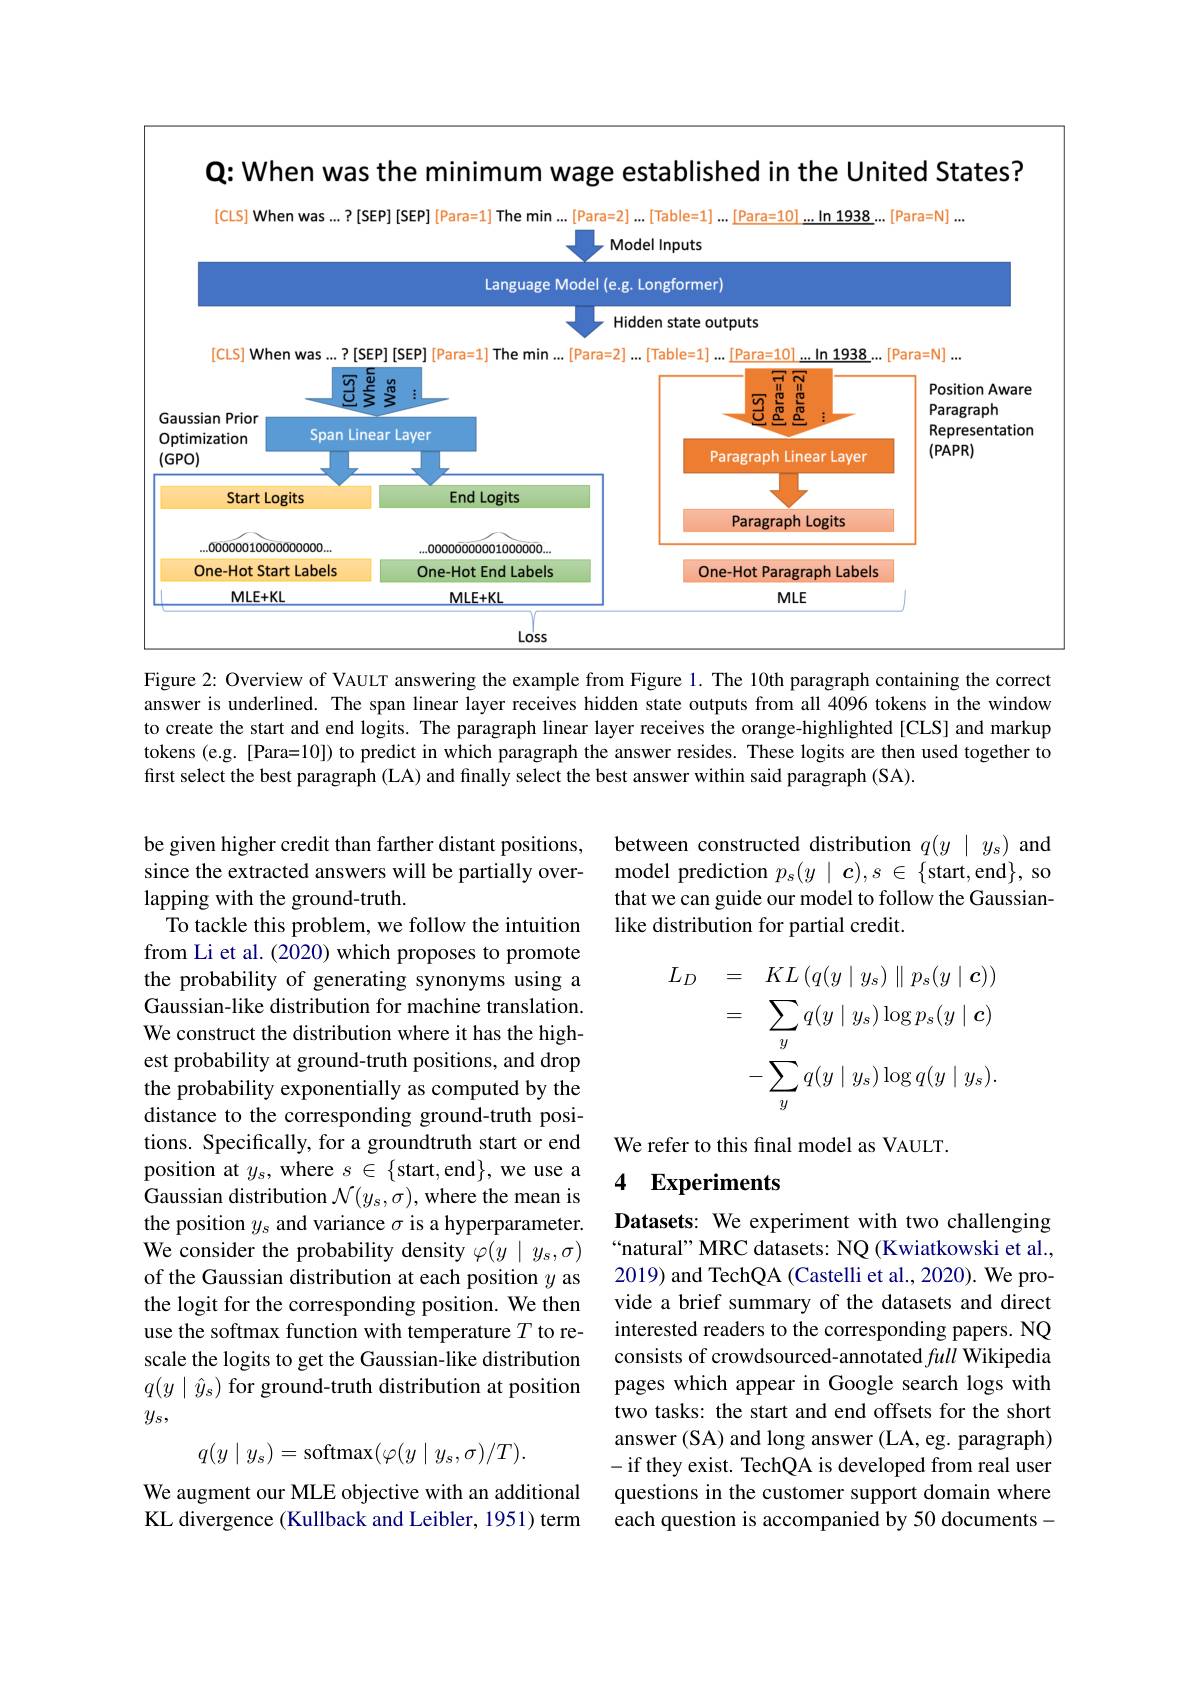
Q: When was the minimum wage established in the United States?

<FigureHere>

Figure 2: Overview of VAULT answering the example from Figure 1. The 10th paragraph containing the correct answer is underlined. The span linear layer receives hidden state outputs from all 4096 tokens in the window to create the start and end logits. The paragraph linear layer receives the orange-highlighted [CLS] and markup tokens (e.g.[Para=10]) to predict in which paragraph the answer resides. These logits are then used together to first select the best paragraph (LA) and finally select the best answer within said paragraph (SA).

between constructed distribution $q(y\mid y_s)$ and model prediction $p_s(y\mid\boldsymbol{c}),s\in\{$start,end$\}$, so that we can guide our model to follow the Gaussianlike distribution for partial credit.
$$\begin{aligned}L_{D}&=\quad KL\left(q(y\mid y_{s})\parallel p_{s}(y\mid\boldsymbol{c})\right)\\&=\quad\sum_{y}q(y\mid y_{s})\log p_{s}(y\mid\boldsymbol{c})\\&-\sum_{y}q(y\mid y_{s})\log q(y\mid y_{s}).\end{aligned}$$
be given higher credit than farther distant positions, since the extracted answers will be partially overlapping with the ground-truth.
To tackle this problem, we follow the intuition from Li et al. (2020) which proposes to promote the probability of generating synonyms using a Gaussian-like distribution for machine translation. We construct the distribution where it has the highest probability at ground-truth positions, and drop the probability exponentially as computed by the distance to the corresponding ground-truth positions. Specifically, for a groundtruth start or end position at $y_s$, where $s\in\{$start,end$\}$, we use a Gaussian distribution $\mathcal{N}(y_s,\sigma)$,where the mean is the position $y_s$ and variance $\sigma$ is a hyperparameter. We consider the probability density $\varphi(y\mid y_s,\sigma)$ of the Gaussian distribution at each position $y$ as the logit for the corresponding position. We then use the softmax function with temperature $T$ to rescale the logits to get the Gaussian-like distribution $q(y\mid\hat{y}_s)$ for ground-truth distribution at position $y_s$,
$$q(y\mid y_s)=\text{softmax}(\varphi(y\mid y_s,\sigma)/T).$$
We refer to this final model as VAULT.

4 Experiments

Datasets: We experiment with two challenging “natural” MRC datasets: NQ (Kwiatkowski et al., 2019) and TechQA (Castelli et al., 2020). We provide a brief summary of the datasets and direct interested readers to the corresponding papers. NQ consists of crowdsourced-annotated full Wikipedia pages which appear in Google search logs with two tasks: the start and end offsets for the short answer (SA) and long answer (LA, eg. paragraph) -if they exist. TechQA is developed from real user questions in the customer support domain where each question is accompanied by 50 documents-

We augment our MLE objective with an additional KL divergence (Kullback and Leibler, 1951) term